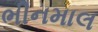
ભીનમાલ